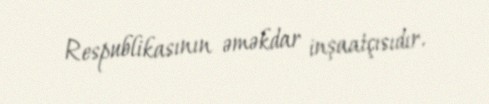
Respublikasının əməkdar inşaatçısıdır.